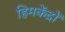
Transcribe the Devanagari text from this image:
हिमकेंद्रों